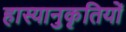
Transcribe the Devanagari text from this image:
हास्यानुकृतियों